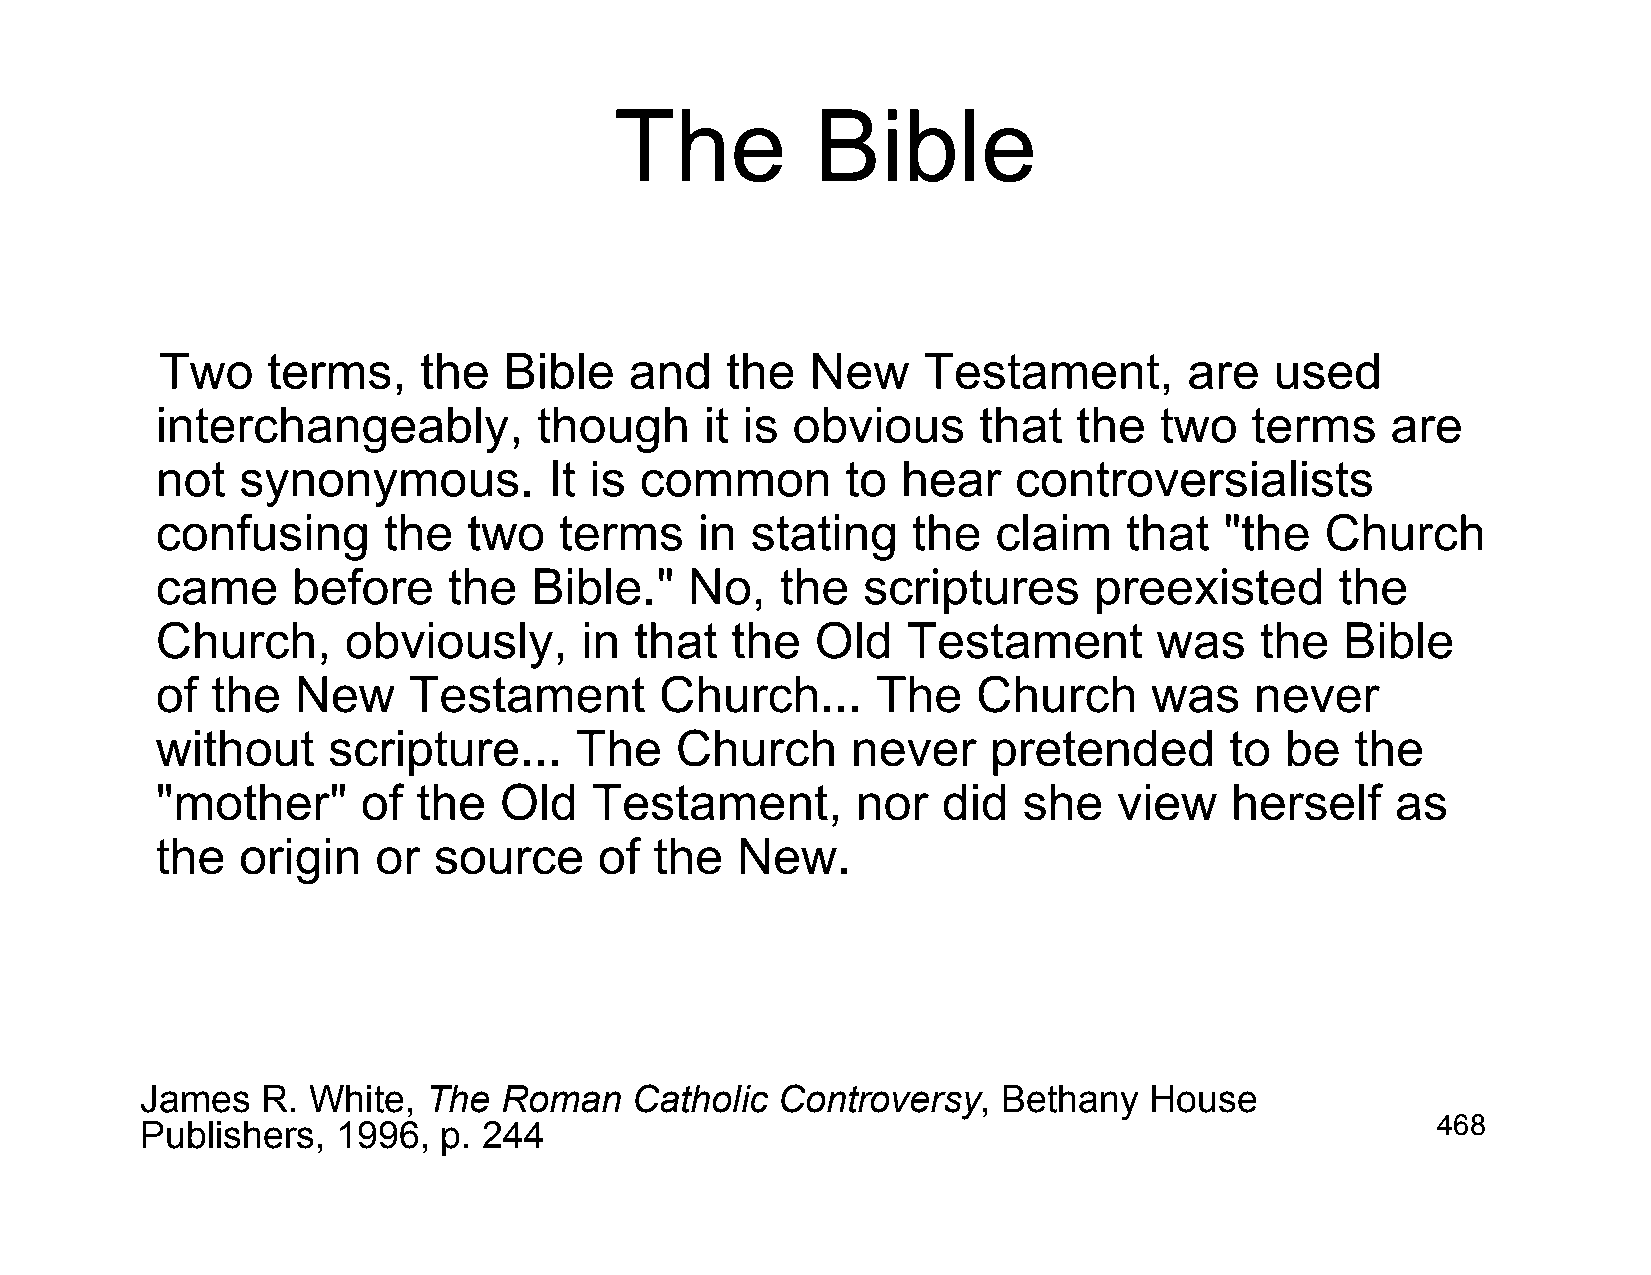
The          Bible
 Two    terms,    the  Bible    and   the   New    Testament,        are  used
 interchangeably,          though     it is obvious     that  the   two   terms    are
 not   synonymous.         It is common        to  hear   controversialists
 confusing      the   two   terms    in  stating   the   claim    that  "the   Church
 came     before     the  Bible."    No,   the  scriptures     preexisted       the
 Church,      obviously,     in  that  the   Old   Testament        was   the   Bible
 of  the   New    Testament        Church...     The    Church     was    never
 without     scripture...    The    Church     never     pretended      to  be   the
 "mother"      of  the  Old   Testament,        nor  did   she   view   herself    as
 the   origin   or  source     of the   New.
 James   R. White,  The  Roman    Catholic Controversy,   Bethany   House
 Publishers,  1996,  p. 244                                                            468